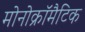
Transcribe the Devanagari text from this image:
मोनोक्रॉमैटिक